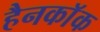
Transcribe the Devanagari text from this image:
हैनकाॅक